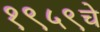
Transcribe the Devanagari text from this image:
१९५९चे